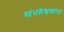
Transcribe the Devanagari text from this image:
स्तंभलेखकांना